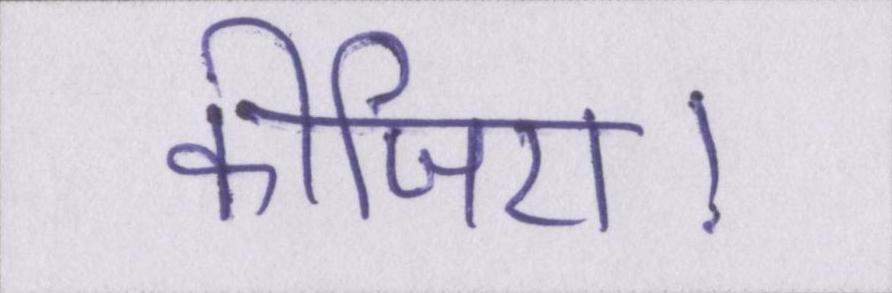
कीजिए।